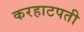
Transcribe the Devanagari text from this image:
करहाटपती